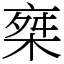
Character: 椉